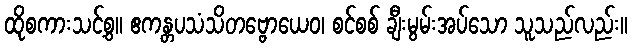
ထိုစကားသင့်စွ။ ဧကန္တပသံသိတဗ္ဗောယေဝ၊ စင်စစ် ချီးမွမ်းအပ်သော သူသည်လည်း။